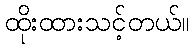
ထိုးထားသင့်တယ်။